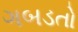
ગબડતો